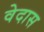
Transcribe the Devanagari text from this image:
वेदास